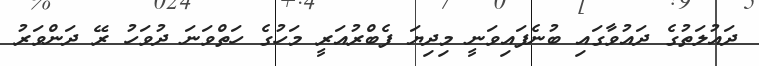
ދައުލަތުގެ ދައުވާގައި ބުނެފައިވަނީ މިދިޔަ ފެބްރުއަރީ މަހުގެ ހަތްވަނަ ދުވަހު ރޭ ދަންވަރު